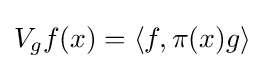
V_{g}f(x)=\langle f,\pi (x)g\rangle